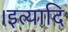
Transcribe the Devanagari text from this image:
।इत्यादि